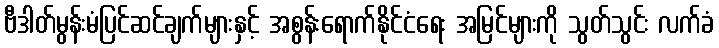
ဗီဒါတ်မွန်းမံပြင်ဆင်ချက်များနှင့် အစွန်းရောက်နိုင်ငံရေး အမြင်များကို သွတ်သွင်း လက်ခံ